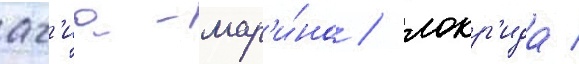
аг'иа-мар'и́на / локр'ида /